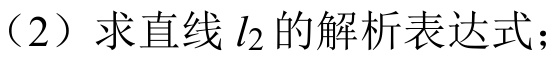
（2）求直线 \(l_{2}\) 的解析表达式；